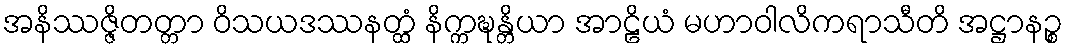
အနိဿဇ္ဇိတတ္တာ ဝိသယဒဿနတ္ထံ နိက္ကဍ္ဎန္တိယာ အာဠိယံ မဟာဝါလိကရာသီတိ အဋ္ဌာနဉ္စ